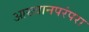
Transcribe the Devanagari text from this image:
आख्यानपरंपरा